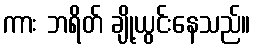
ကား ဘရိတ် ချို့ယွင်းနေသည်။